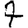
Digit: 7